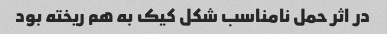
در اثر حمل نامناسب شکل کیک به هم ریخته بود